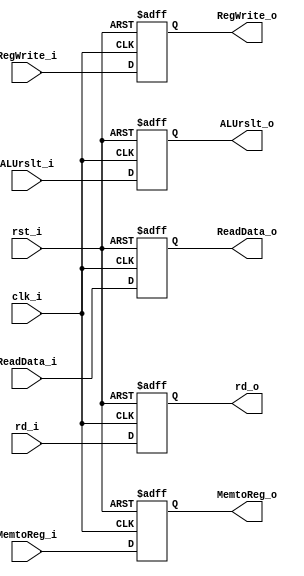
module MEM_WB
(
    clk_i,
    rst_i,
    RegWrite_i,
    MemtoReg_i,
    ALUrslt_i,
    ReadData_i,
    rd_i,
    RegWrite_o,
    MemtoReg_o,
    ALUrslt_o,
    ReadData_o,
    rd_o
);

input clk_i, rst_i, RegWrite_i, MemtoReg_i;
input [4:0] rd_i;
input [31:0] ALUrslt_i, ReadData_i;
output reg RegWrite_o, MemtoReg_o;
output reg [31:0] ALUrslt_o, ReadData_o;
output reg [4:0] rd_o;

always @(posedge clk_i or negedge rst_i) begin
    if (~rst_i) begin
        RegWrite_o <= 1'b0;
        MemtoReg_o <= 1'b0;
        ALUrslt_o <= 32'b0;
        ReadData_o <= 32'b0;
        rd_o <= 5'b0;
    end
    else begin
        RegWrite_o <= RegWrite_i;
        MemtoReg_o <= MemtoReg_i;
        ALUrslt_o <= ALUrslt_i;
        ReadData_o <= ReadData_i;
        rd_o <= rd_i;
    end
end
endmodule